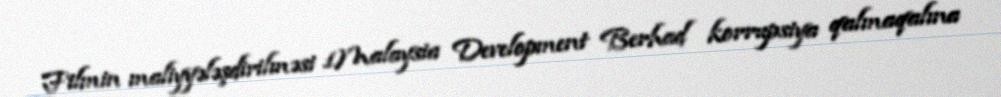
Filmin maliyyələşdirilməsi 1Malaysia Development Berhad korrupsiya qalmaqalına